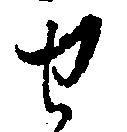
せ